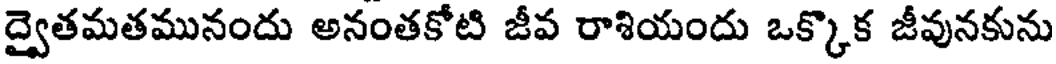
ద్వైతమతమునందు అనంతకోటి జీవ రాశియందు ఒక్కొక జీవునకును